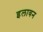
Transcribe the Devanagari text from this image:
इलावन